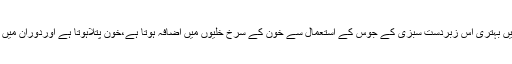
دوران خون میں بہتری اس زبردست سبزی کے جوس کے استعمال سے خون کے سرخ خلیوں میں اضافہ ہوتا ہے،خون پتلاہوتا ہے اوردورانِ میں اعتدال آتا ہے۔